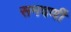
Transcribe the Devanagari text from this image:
समवर्णी